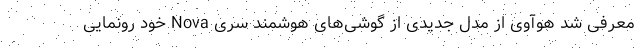
معرفی شد هوآوی از مدل جدیدی از گوشی‌های هوشمند سری Nova خود رونمایی